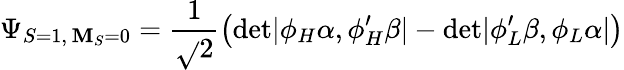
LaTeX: \Psi_{S=1,\, \mathbf{M}_{S}=0}=\frac{{1}}{{\sqrt{}{2}}}\left(\mathrm{{det}}|\phi_{H}\alpha,\phi_{H}^{\prime}\beta|-\mathrm{{det}}|\phi_{L}^{\prime}\beta,\phi_{L}\alpha|\right)